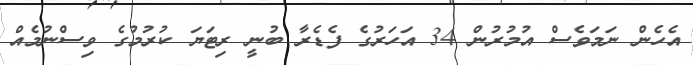
އެހެން ނަމަވެސް އުމުރުން 34 އަހަރުގެ ފެޑެރާ ބުނީ ރިޓަޔަ ކުރުމުގެ ވިސްނުމެއް